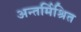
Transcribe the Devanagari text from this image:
अन्तर्मिश्रित